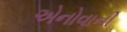
એનોવાની